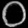
Digit: ၀